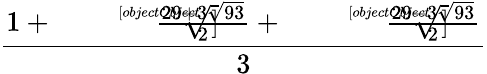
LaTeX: \frac{1+{\sqrt[[objectObject]]{\frac{29+3{\sqrt{93}}}{2}}}+{\sqrt[[objectObject]]{\frac{29-3{\sqrt{93}}}{2}}}}{3}